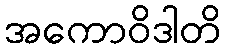
အကောဝိဒါတိ